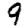
Digit: 9